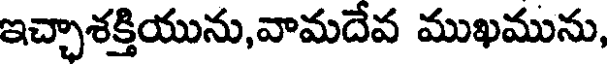
ఇచ్చాశక్తియును,వామదేవ ముఖమును,